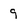
Character: 9